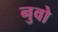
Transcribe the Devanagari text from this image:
नुवो